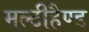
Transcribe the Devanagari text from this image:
मल्टीहैण्ड